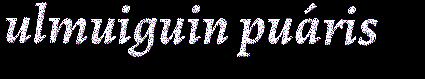
ulmuiguin puáris